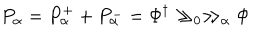
LaTeX: P _ { \alpha } = P _ { \alpha } ^ { + } + P _ { \alpha } ^ { - } = \Phi ^ { \dagger } \gg _ { 0 } \gg _ { \alpha } \Phi